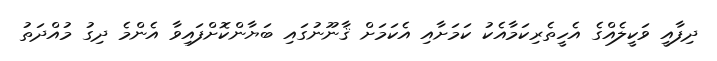
ދިފާއީ ވަކީލެއްގެ އެހީތެރިކަމާއެކު ކަމަށާއި އެކަމަށް ޤާނޫނުގައި ބަޔާންކޮށްފައިވާ އެންމެ ދިގު މުއްދަތު